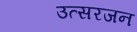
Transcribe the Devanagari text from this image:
उत्सरजन